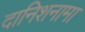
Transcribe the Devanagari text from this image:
दानिशनामा